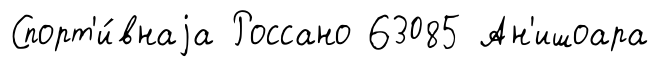
Спорт'и́внаjа Россано 63085 Ан'ишоара